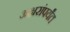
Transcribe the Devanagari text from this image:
अक्षरांपर्यंत